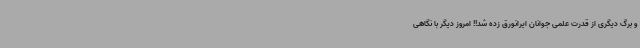
و برگ دیگری از قدرت علمی جوانان ایرانورق زده شد!! امروز دیگر با نگاهی